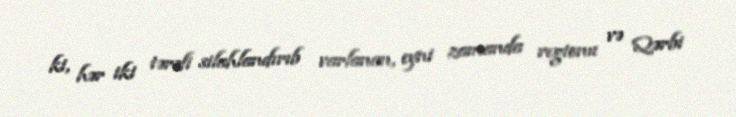
ki, hər iki tərəfi silahlandırıb varlanan, eyni zamanda regionu və Qərbi